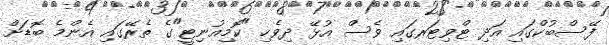
ފޭސްބުކްގައި އަދި ޓްވިޓަރގައި ވެސް އުޅޭ ދިވެހި "ކޮމިއުނިޓީ"ގެ ތެރޭގައި އެންމެ ބޮޑަށް